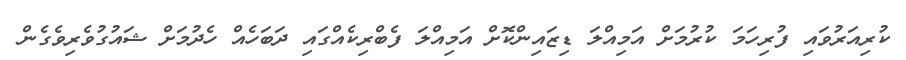
ކުރިއަރުވައި ފުރިހަމަ ކުރުމަށް އަމިއްލަ ޑިޒައިންކޮށް އަމިއްލަ ފެބްރިކެއްގައި ދަބަހެއް ހެދުމަށް ޝައުގުވެރިވެގެން